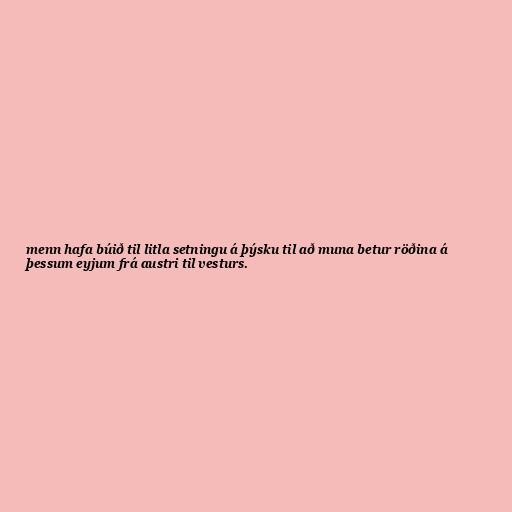
menn hafa búið til litla setningu á þýsku til að muna betur röðina á
þessum eyjum frá austri til vesturs.